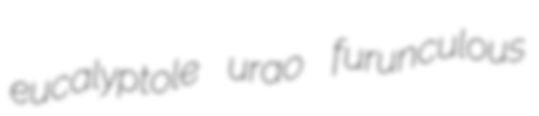
eucalyptole urao furunculous